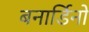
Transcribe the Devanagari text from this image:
बनार्डिनो